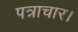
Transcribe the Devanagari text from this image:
पत्राचार।